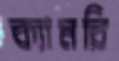
ক্যামরি